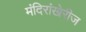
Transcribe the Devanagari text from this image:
मंदिरांखेरीज